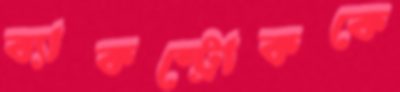
ব্যাকস্ট্রোককে